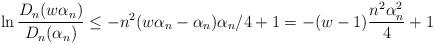
LaTeX: \begin{align*}&\ln \frac{D_n(w\alpha_n)}{D_n(\alpha_n)}\leq -n^2(w\alpha_n-\alpha_n)\alpha_n/4+1 =-(w-1)\frac{n^2\alpha_n^2}{4}+1\end{align*}